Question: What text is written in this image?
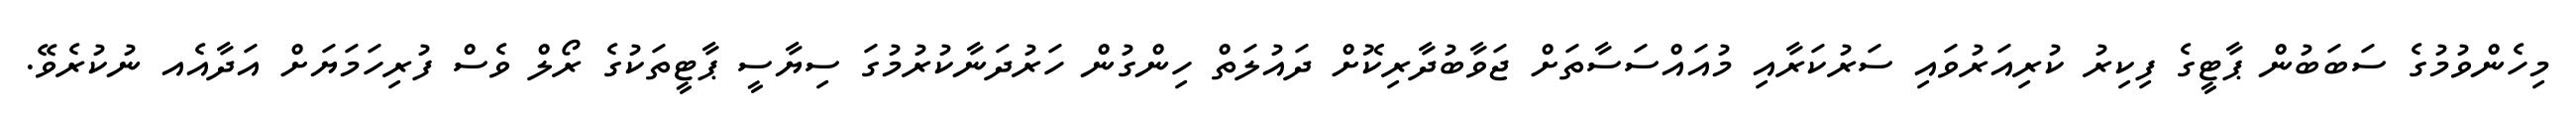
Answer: މިހެންވުމުގެ ސަބަބުން ޕާޓީގެ ފިކިރު ކުރިއަރުވައި ސަރުކަރާއި މުއައްސަސާތަށް ޖަވާބުދާރިކޮށް ދައުލަތް ހިންގުން ހަރުދަނާކުރުމުގަ ސިޔާސީ ޕާޓީތަކުގެ ރޯލް ވެސް ފުރިހަމަޔަށް އަދާއެއ ނުކުރެވޭ.